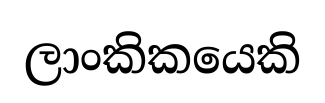
ලාංකිකයෙකි